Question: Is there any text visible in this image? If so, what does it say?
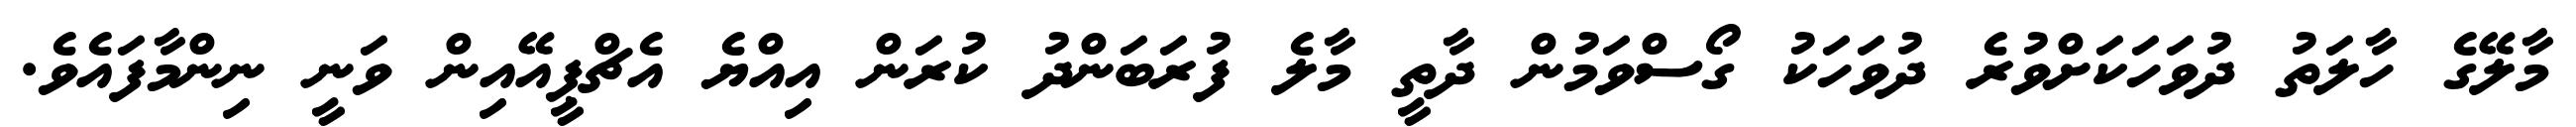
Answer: މާލޭގެ ހާލަތު ދުވަހަކަށްވުރެ ދުވަހަކު ގޯސްވަމުން ދާތީ މާލެ ފުރަބަންދު ކުރަން އިއްޔެ އެޗްޕީއޭއިން ވަނީ ނިންމާފައެވެ.